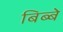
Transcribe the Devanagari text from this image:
बिब्बे